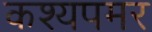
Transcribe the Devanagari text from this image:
कश्यपमर